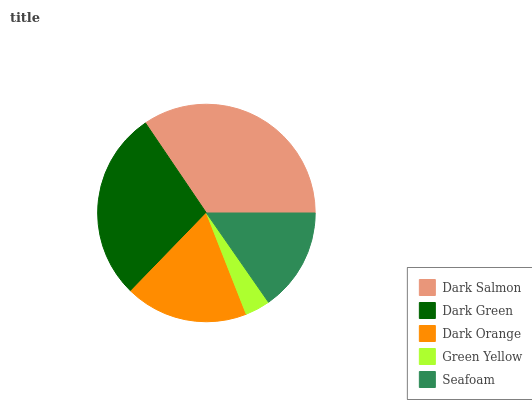
| Dark Salmon | Dark Green | Dark Orange | Green Yellow | Seafoam |
 | --- | --- | --- | --- | --- |
 | 34.5% | 28.3% | 18.1% | 3.71% | 15.3% |